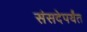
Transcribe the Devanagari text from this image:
संसदेपर्यंत